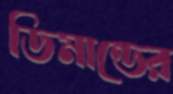
ডিমান্ডের